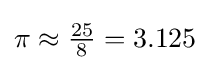
\pi \approx {\tfrac {25}{8}}=3.125